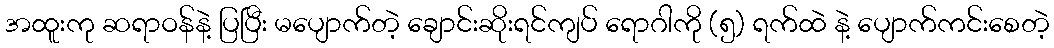
အထူးကု ဆရာဝန်နဲ့ ပြပြီး မပျောက်တဲ့ ချောင်းဆိုးရင်ကျပ် ရောဂါကို (၅) ရက်ထဲ နဲ့ ပျောက်ကင်းစေတဲ့